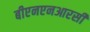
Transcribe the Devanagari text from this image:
बीएनएनआरसी